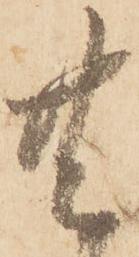
共